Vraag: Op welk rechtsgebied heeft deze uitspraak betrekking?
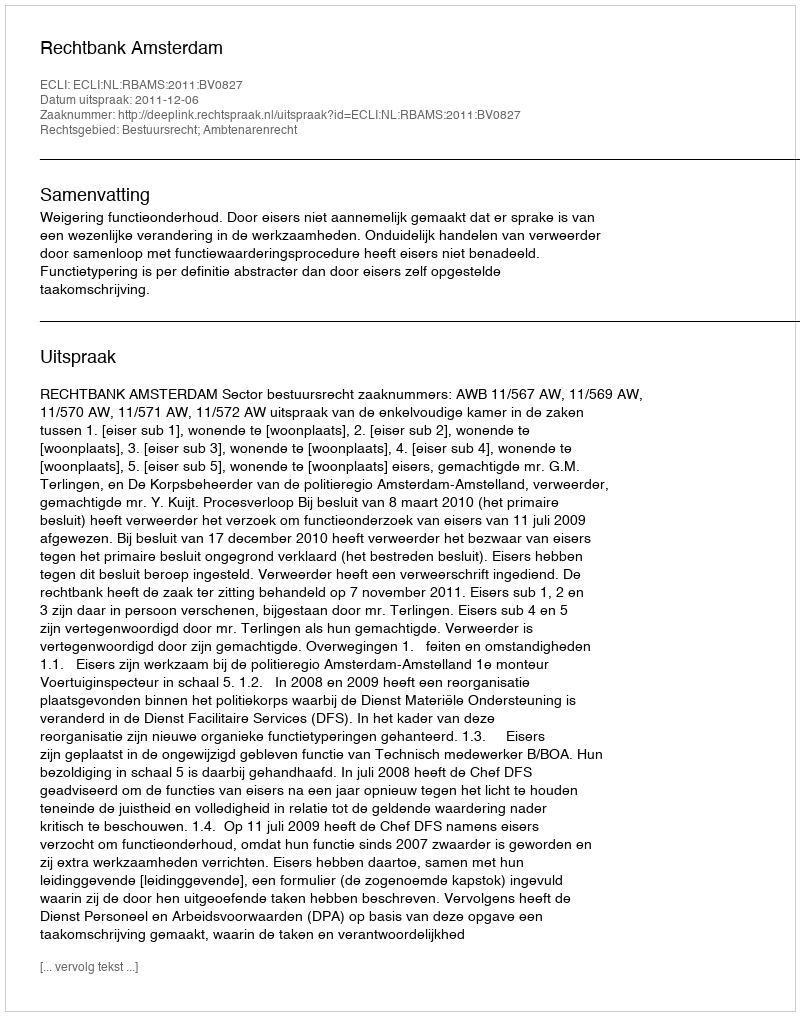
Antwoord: Bestuursrecht; Ambtenarenrecht